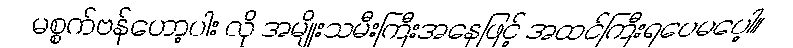
မစ္စက်ဗန်ဟော့ပါး လို အမျိုးသမီးကြီးအနေဖြင့် အထင်ကြီးရပေမပေါ့။